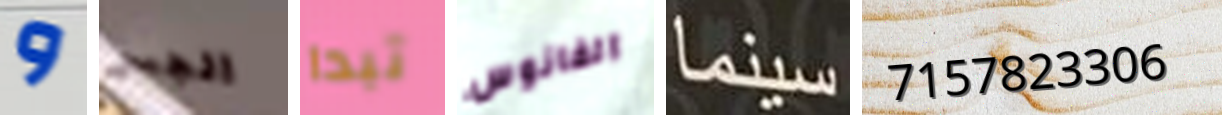
و الجسر تبدا الفانوس سينما 7157823306